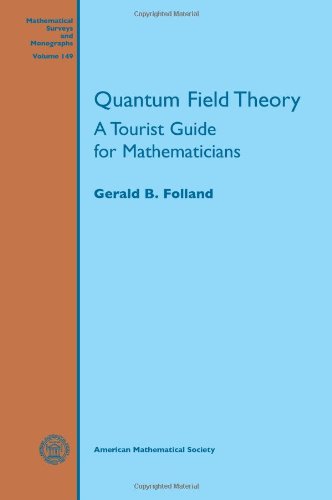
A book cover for Quantum Field Theory (Mathematical Surveys and Monographs); Gerald B. Folland; Science & Math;